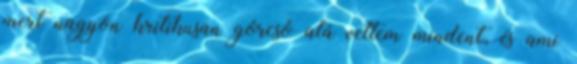
mert nagyon kritikusan górcső alá vettem mindent, és ami